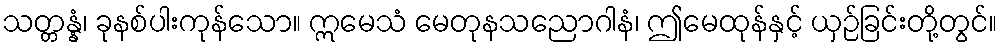
သတ္တန္နံ၊ ခုနစ်ပါးကုန်သော။ ဣမေသံ မေတုနသညောဂါနံ၊ ဤမေထုန်နှင့် ယှဉ်ခြင်းတို့တွင်။